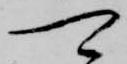
可